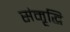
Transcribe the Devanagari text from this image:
संमृृद्धि